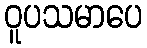
ဝူပသမာပေ